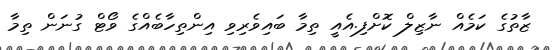
ޒާތުގެ ކަމެއް ނާޒިލް ކޮށްފި.އެއީ ތިމާ ބައިވެރިވި އިންތިހާބެއްގެ ވޯޓް ގުނަން ތިމާ